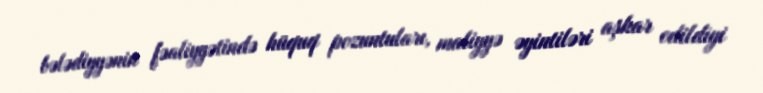
bələdiyyənin fəaliyyətində hüquq pozuntuları, maliyyə əyintiləri aşkar edildiyi